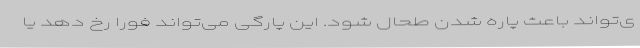
ی‌تواند باعث پاره شدن طحال شود. این پارگی می‌تواند فوراً رخ دهد یا